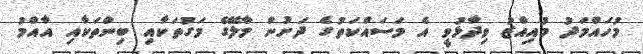
މުހައްމަދު މުއިއްޒު ވިދާޅުވީ އެ މަސައްކަތުގެ ދަަށުން މާލޭގެ މަގުތަކާއި ބިންތަކާއި އާއްމު